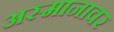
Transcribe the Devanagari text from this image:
अस्मानावर